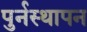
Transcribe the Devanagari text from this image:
पुर्नस्थापन